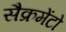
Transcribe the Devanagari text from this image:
सैक्रमेंटो